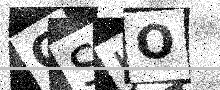
Text: CSJO